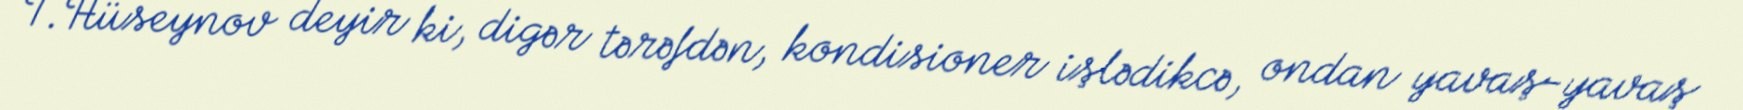
T.Hüseynov deyir ki, digər tərəfdən, kondisioner işlədikcə, ondan yavaş-yavaş